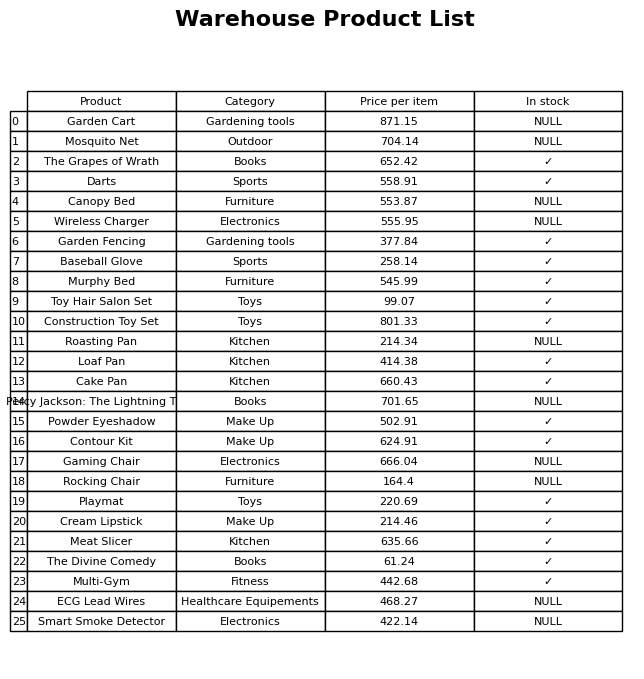
question: Is the Playmat in stock?
answer: ✓